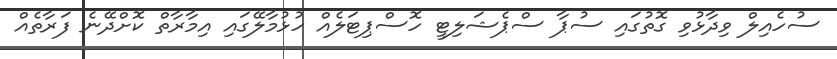
ސުހެއިލް ވިދާޅުވި ގޮތުގައި ސުޕާ ސްޕެޝަލިޓީ ހޮސްޕިޓަލެއް ހުޅުމާލޭގައި އިމާރާތް ކޮށްދޭނެ ފަރާތެއް